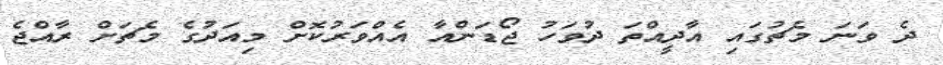
ދެ ވަނަ މެޗުގައި އާދީއްތަ ދުވަހު ޖޯޑަންއާ އެއްވަރުކޮށް މިއަދުގެ މެޗަށް ރާއްޖެ